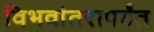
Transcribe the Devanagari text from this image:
विभवांतरापर्यंत